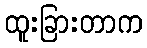
ထူးခြားတာက